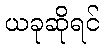
ယခုဆိုရင်